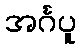
အင်္ဂပူ